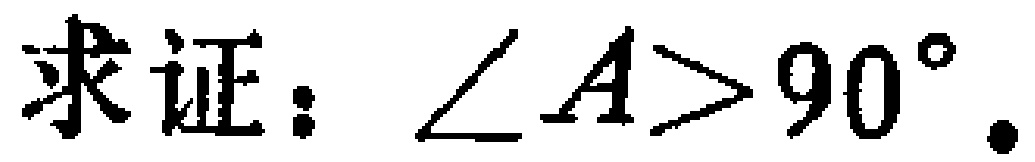
求证：$\angle A>90^{\circ}$.